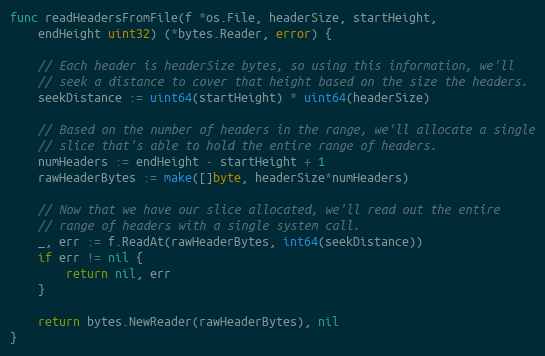
Language: Go
func readHeadersFromFile(f *os.File, headerSize, startHeight,
	endHeight uint32) (*bytes.Reader, error) {

	// Each header is headerSize bytes, so using this information, we'll
	// seek a distance to cover that height based on the size the headers.
	seekDistance := uint64(startHeight) * uint64(headerSize)

	// Based on the number of headers in the range, we'll allocate a single
	// slice that's able to hold the entire range of headers.
	numHeaders := endHeight - startHeight + 1
	rawHeaderBytes := make([]byte, headerSize*numHeaders)

	// Now that we have our slice allocated, we'll read out the entire
	// range of headers with a single system call.
	_, err := f.ReadAt(rawHeaderBytes, int64(seekDistance))
	if err != nil {
		return nil, err
	}

	return bytes.NewReader(rawHeaderBytes), nil
}